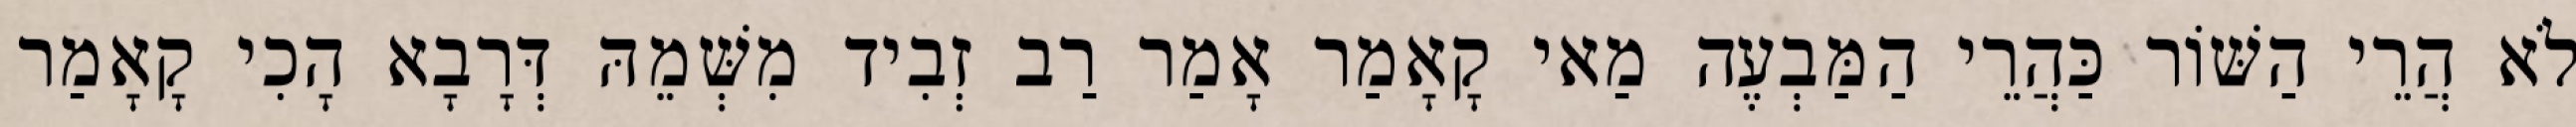
לֹא הֲרֵי הַשּׁוֹר כַּהֲרֵי הַמַּבְעֶה מַאי קָאָמַר אָמַר רַב זְבִיד מִשְּׁמֵהּ דְּרָבָא הָכִי קָאָמַר